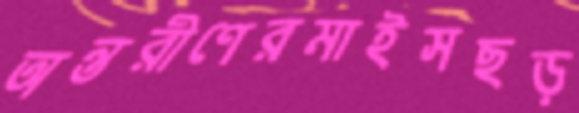
অন্তরীণেরমাইসছড়